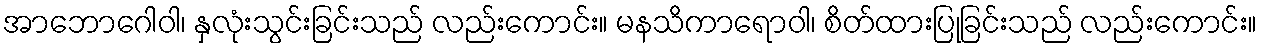
အာဘောဂေါဝါ၊ နှလုံးသွင်းခြင်းသည် လည်းကောင်း။ မနသိကာရောဝါ၊ စိတ်ထားပြုခြင်းသည် လည်းကောင်း။